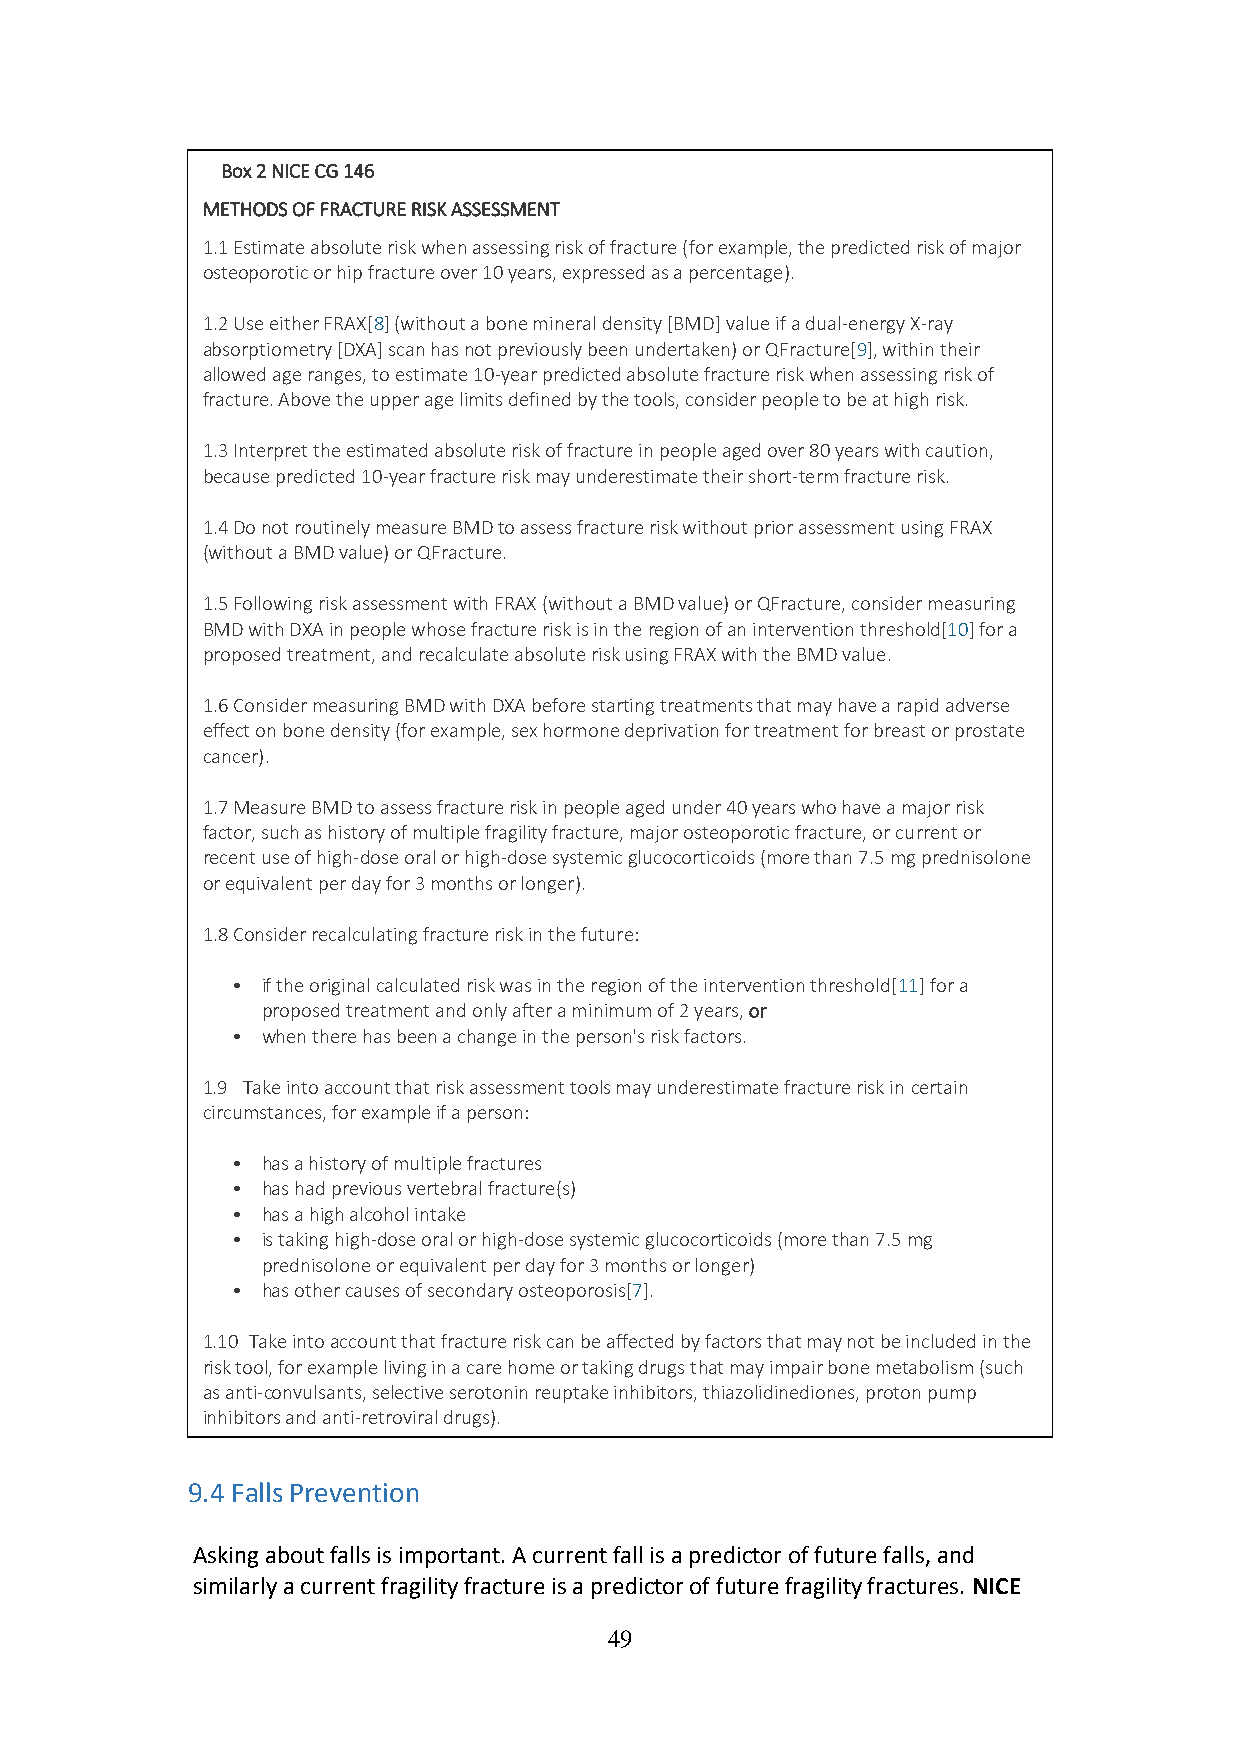
Box 2 NICE CG 146
 METHODS OF FRACTURE RISK ASSESSMENT
 1.1 Estimate absolute risk when assessing risk of fracture (for example, the predicted risk of major
 osteoporotic or hip fracture over 10 years, expressed as a percentage).
 1.2 Use either FRAX[8] (without a bone mineral density [BMD] value if a dual-energy X-ray
 absorptiometry [DXA] scan has not previously been undertaken) or QFracture[9], within their
 allowed age ranges, to estimate 10-year predicted absolute fracture risk when assessing risk of
 fracture. Above the upper age limits defined by the tools, consider people to be at high risk.
 1.3 Interpret the estimated absolute risk of fracture in people aged over 80 years with caution,
 because predicted 10-year fracture risk may underestimate their short-term fracture risk.
 1.4 Do not routinely measure BMD to assess fracture risk without prior assessment using FRAX
 (without a BMD value) or QFracture.
 1.5 Following risk assessment with FRAX (without a BMD value) or QFracture, consider measuring
 BMD with DXA in people whose fracture risk is in the region of an intervention threshold[10] for a
 proposed treatment, and recalculate absolute risk using FRAX with the BMD value.
 1.6 Consider measuring BMD with DXA before starting treatments that may have a rapid adverse
 effect on bone density (for example, sex hormone deprivation for treatment for breast or prostate
 cancer).
 1.7 Measure BMD to assess fracture risk in people aged under 40 years who have a major risk
 factor, such as history of multiple fragility fracture, major osteoporotic fracture, or current or
 recent use of high-dose oral or high-dose systemic glucocorticoids (more than 7.5 mg prednisolone
 or equivalent per day for 3 months or longer).
 1.8 Consider recalculating fracture risk in the future:
 • if the original calculated risk was in the region of the intervention threshold[11] for a
 proposed treatment and only after a minimum of 2 years, or
 • when there has been a change in the person's risk factors.
 1.9 Take into account that risk assessment tools may underestimate fracture risk in certain
 circumstances, for example if a person:
 • has a history of multiple fractures
 • has had previous vertebral fracture(s)
 • has a high alcohol intake
 • is taking high-dose oral or high-dose systemic glucocorticoids (more than 7.5 mg
 prednisolone or equivalent per day for 3 months or longer)
 • has other causes of secondary osteoporosis[7].
 1.10 Take into account that fracture risk can be affected by factors that may not be included in the
 risk tool, for example living in a care home or taking drugs that may impair bone metabolism (such
 as anti-convulsants, selective serotonin reuptake inhibitors, thiazolidinediones, proton pump
 inhibitors and anti-retroviral drugs).
 9.4 Falls Prevention
 Asking about falls is important. A current fall is a predictor of future falls, and
 similarly a current fragility fracture is a predictor of future fragility fractures. NICE
 49